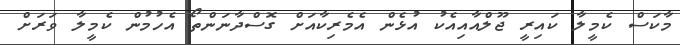
މާކަސް ކެމީލާ ކައިރީ ޖޫލްއާއިއެކު އުޅެން އެމެރިކާއަށް ގޮސްދާނަންތޯ އެހުމުން ކެމީލާ ވަރަށް